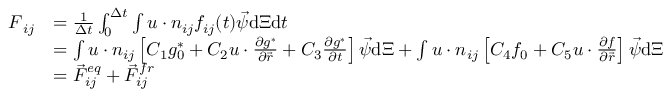
\begin{array} { r l } { \boldsymbol { F } _ { i j } } & { = \frac { 1 } { \Delta t } \int _ { 0 } ^ { \Delta t } \int \boldsymbol { u } \cdot \boldsymbol { n } _ { i j } f _ { i j } ( t ) { \vec { \psi } } \mathrm { d } \boldsymbol { \Xi } \mathrm { d } t } \\ & { = \int \boldsymbol { u } \cdot \boldsymbol { n } _ { i j } \left[ C _ { 1 } g _ { 0 } ^ { \ast } + C _ { 2 } \boldsymbol { u } \cdot \frac { \partial g ^ { \ast } } { \partial \vec { r } } + C _ { 3 } \frac { \partial g ^ { \ast } } { \partial t } \right] { \vec { \psi } } \mathrm { d } \boldsymbol { \Xi } + \int \boldsymbol { u } \cdot \boldsymbol { n } _ { i j } \left[ C _ { 4 } f _ { 0 } + C _ { 5 } \boldsymbol { u } \cdot \frac { \partial f } { \partial \vec { r } } \right] { \vec { \psi } } \mathrm { d } \boldsymbol { \Xi } } \\ & { = { \vec { F } } _ { i j } ^ { e q } + { \vec { F } } _ { i j } ^ { f r } } \end{array}